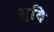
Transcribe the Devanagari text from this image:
सुवि